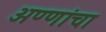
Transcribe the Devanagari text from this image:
अण्णांचा